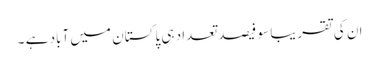
ان کی تقریبا سو فیصد تعداد ہی پاکستان میں آباد ہے ۔